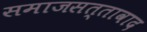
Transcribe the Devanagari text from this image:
समाजसत्तावाद